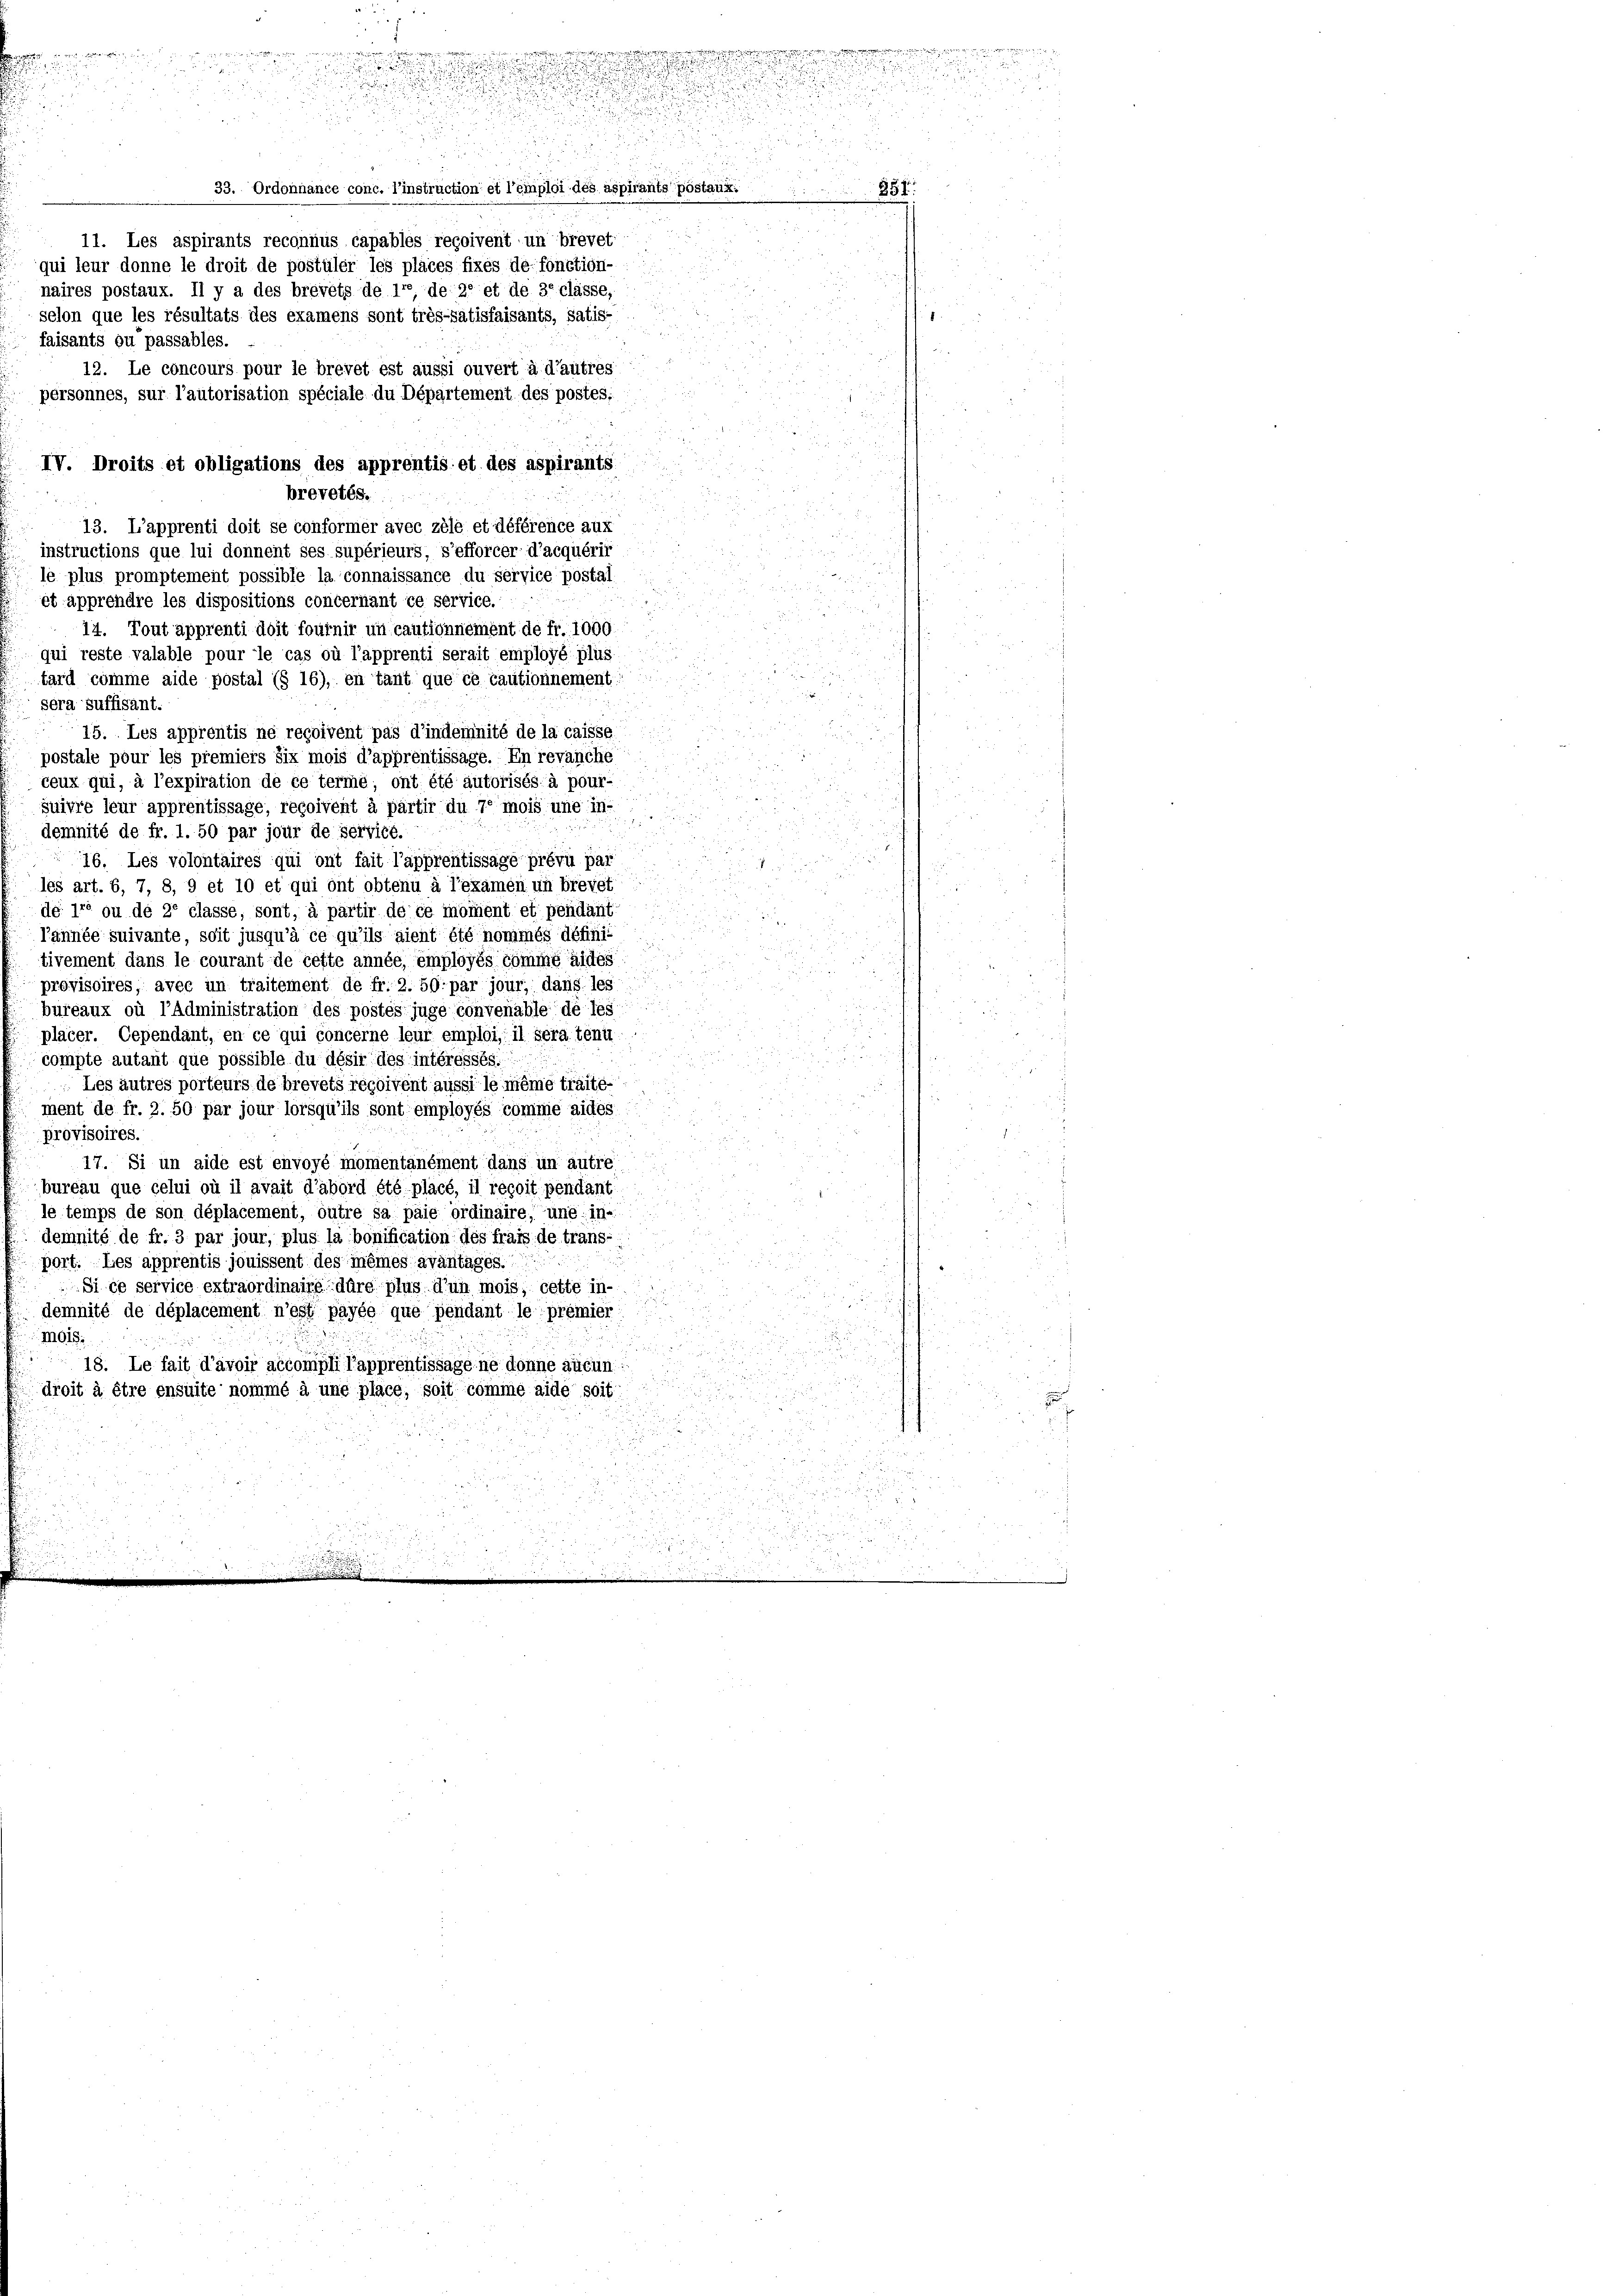
2
d

11. Les aspirants reconnus capables reçoivent un brevet
qui leur donne le droit de postüler les places fixes de fonction-
naires postaux. Il y a des brevets de ire de se et de 30 classe,
selon que les résultats des examens sont très-Satisfaisants, Satis-
faisants ou passables.
12. Le concours pour le brevet est aussi ouvert à d’autres
personnes, sur l’autorisation spéciale du Département des postes:
13. L’apprenti doit se conformer avec zèle et déférence aux
instructions que lui donnent ses supérieurs, s’efforcer d’acquérir
le plus promptement possible la connaissance du service postal-
et apprendre les dispositions concernant ce service.
14. Tout apprenti doit fournir un cautionnement de fr. 1000
qui reste valable pour le cas où l’apprenti serait employé plus

tard comme aide postal (§ 16), en tant que ce cautionnement
sera suffisant.
15. Les apprentis ne reçoivent pas d’indemnité de la caisse
postale pour les premiers six mois d’apprentissage. En revanche
ceux qui, à l’expiration de ce terme; ont été autorisés à pour-
suivre leur apprentissage, reçoivent à partir du 70 mois une in-
demnité de fr. 1. 50 par jour de servité.
16. Les volontaires qui ont fait l’apprentissage prévu pas
les art. 6, 7, 8, 9 et 10 et qui ont obtenu à l’examen un brevet
de 17 ou de 26 classe, sont, à partir de ce moment et pendant
l’année suivante, soit jusqu’à ce qu’ils aient été nommés defini-
tivement dans le courant de cette année, employés comme aides
.
provisoires, avec un traitement de fr. 2. 50. par jour, dans les
bureaux où l’Administration des postés juge convenable de les
placer. Cependant, en ce qui concerne leur emploi, il sera tenu
.
compte autant que possible du désir des intéressés.
Les autres porteurs de brevets récoivent aussi le même traite-
ment de fr. 2. 50 par jour lorsqu’ils sont employés comme aides
i
provisoires.
17. Si un aide est envoyé momentanément dans in autre
bureau que celui où il avait d’abord été placé, il reçoit pendant

le temps de son déplacement, outre sa paie ordinaire, une in-
demnité de fr. 3 par jour, plus la bonification des frais de trans-
port. Les apprentis jouissent des mêmes avantages.
Si ce service extraordinaipp dare plus d’un mois, cette in-
demnité de déplacement n’est payée que pendant le premier
mois.
un
18. Le fait d’avoir accompli l’apprentissage ne donne aucun:
droit à être ensuite nommé à une place, soit comme aide soit
u

e
1
nrente er weite
2
dienst

2
33. Ordonnance conc. l’instruction et l’emploi des aspirante postaun

IV. Droits et obligations des apprentis et des aspirants
brevetés.

1941.
d